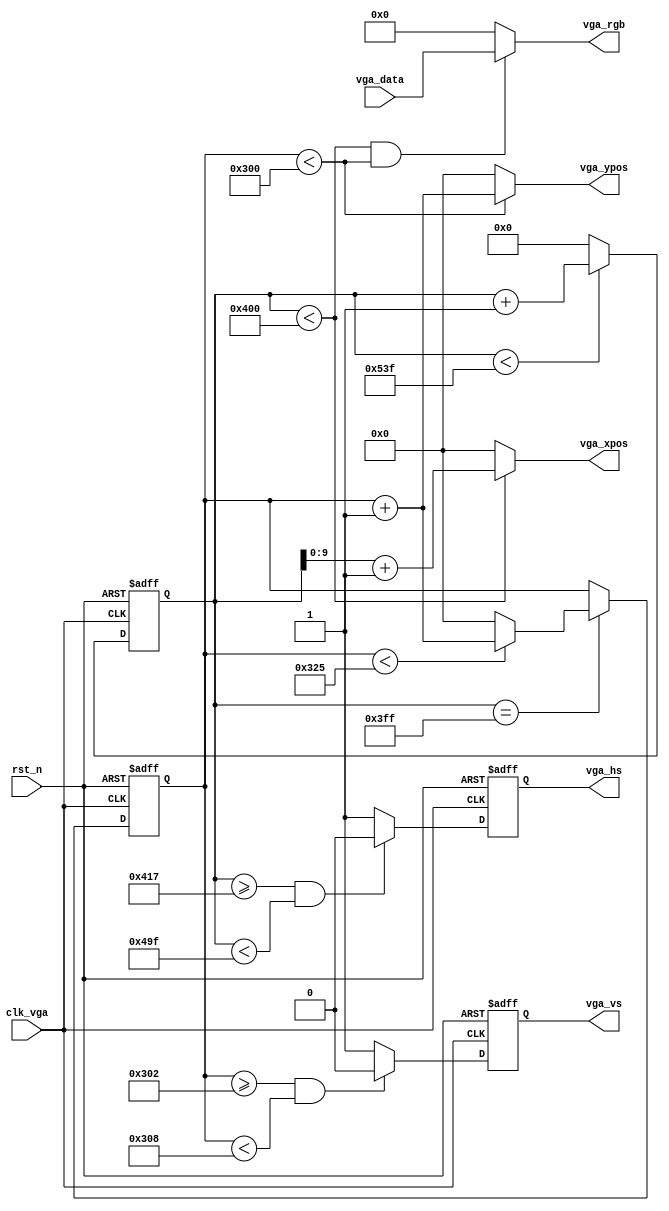
/*************************************************
*	Module Name		:	vga_driver.v		   
*	Target Device	:	EP2C35F672C6N
*	Tool versions	:	Quartus II 11.0
*	Revision		:	v1.0
*	Description		:   	
**************************************************/
module vga_driver
#(
	// VGA_1024_768_60fps_65MHz
	// Horizontal Parameter	( Pixel )
	parameter	H_DISP 	=	11'd1024, 
	parameter	H_FRONT	=	11'd24,	 
	parameter	H_SYNC 	=	11'd136,  
	parameter	H_BACK 	=	11'd160,   
	parameter	H_TOTAL	=	11'd1344, 
	// Virtical Parameter	( Line ) 
	parameter	V_DISP 	=	10'd768,  					
	parameter	V_FRONT	=	10'd3,   
	parameter	V_SYNC 	=	10'd6,    
	parameter	V_BACK 	=	10'd29,   
	parameter	V_TOTAL	=	10'd806  
)
(  	
	input			clk_vga,	// VGA
	input			rst_n,     	// 
	
	input	[15:0]	vga_data,
	output	[15:0]	vga_rgb,	// 
	output	reg		vga_hs,		// VGA 
	output	reg		vga_vs,		// VGA 
	
	output	[9:0]	vga_xpos,	//  
	output	[9:0]	vga_ypos	//  
);	

//------------------------------------------
// 
reg [10:0] hcnt; 
always @ (posedge clk_vga or negedge rst_n)
begin
	if (!rst_n)
		hcnt <= 0;
	else
		begin
        if (hcnt < H_TOTAL-1'b1)			
            hcnt <= hcnt + 1'b1;
        else
            hcnt <= 0;
		end
end 

always@(posedge clk_vga or negedge rst_n)
begin
	if(!rst_n)
		vga_hs <= 1;
	else
		begin
        if( (hcnt >= H_DISP+H_FRONT-1'b1) && (hcnt < H_DISP+H_FRONT+H_SYNC-1'b1) )
            vga_hs <= 0;       
        else
            vga_hs <= 1;
		end
end

//------------------------------------------
// 
reg [9:0] vcnt;
always @ (posedge clk_vga or negedge rst_n)
begin
	if (!rst_n)
		vcnt <= 0;
	else
		begin
		if(hcnt == H_DISP-1)
			begin
			if (vcnt < V_TOTAL-1'b1)			
				vcnt <= vcnt+1'b1;
			else
				vcnt <= 0;   
			end 
		else
			vcnt <= vcnt;
		end
end

always @ (posedge clk_vga or negedge rst_n) 
begin
	if(!rst_n)
		vga_vs <= 1;
	else
		begin
		if( (vcnt >= V_DISP+V_FRONT-1'b1) && (vcnt < V_DISP+V_FRONT+V_SYNC-1'b1) )
            vga_vs <= 0;        
        else
            vga_vs <= 1;		
		end
end

//------------------------------------------
assign	vga_xpos = (hcnt < H_DISP) ? hcnt[9:0]+1'b1 : 10'd0;
assign	vga_ypos = (vcnt < V_DISP) ? vcnt[9:0]+1'b1 : 10'd0;
assign	vga_rgb 	= 	((hcnt < H_DISP) && (vcnt < V_DISP)) ? vga_data : 16'd0;

endmodule